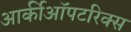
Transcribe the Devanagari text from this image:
आर्कीऑपटरिक्स